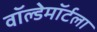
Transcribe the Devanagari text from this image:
वॉल्डेमॉर्टला